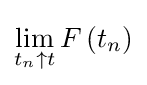
\lim _{t_{n}\uparrow t}F\left(t_{n}\right)